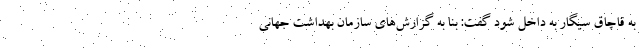
به قاچاق سیگار به داخل شود گفت: بنا به گزارش‌های سازمان بهداشت جهانی